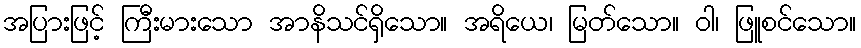
အပြားဖြင့် ကြီးမားသော အာနိသင်ရှိသော။ အရိယေ၊ မြတ်သော။ ဝါ၊ ဖြူစင်သော။